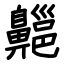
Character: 齆